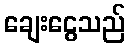
ချေးငွေသည်